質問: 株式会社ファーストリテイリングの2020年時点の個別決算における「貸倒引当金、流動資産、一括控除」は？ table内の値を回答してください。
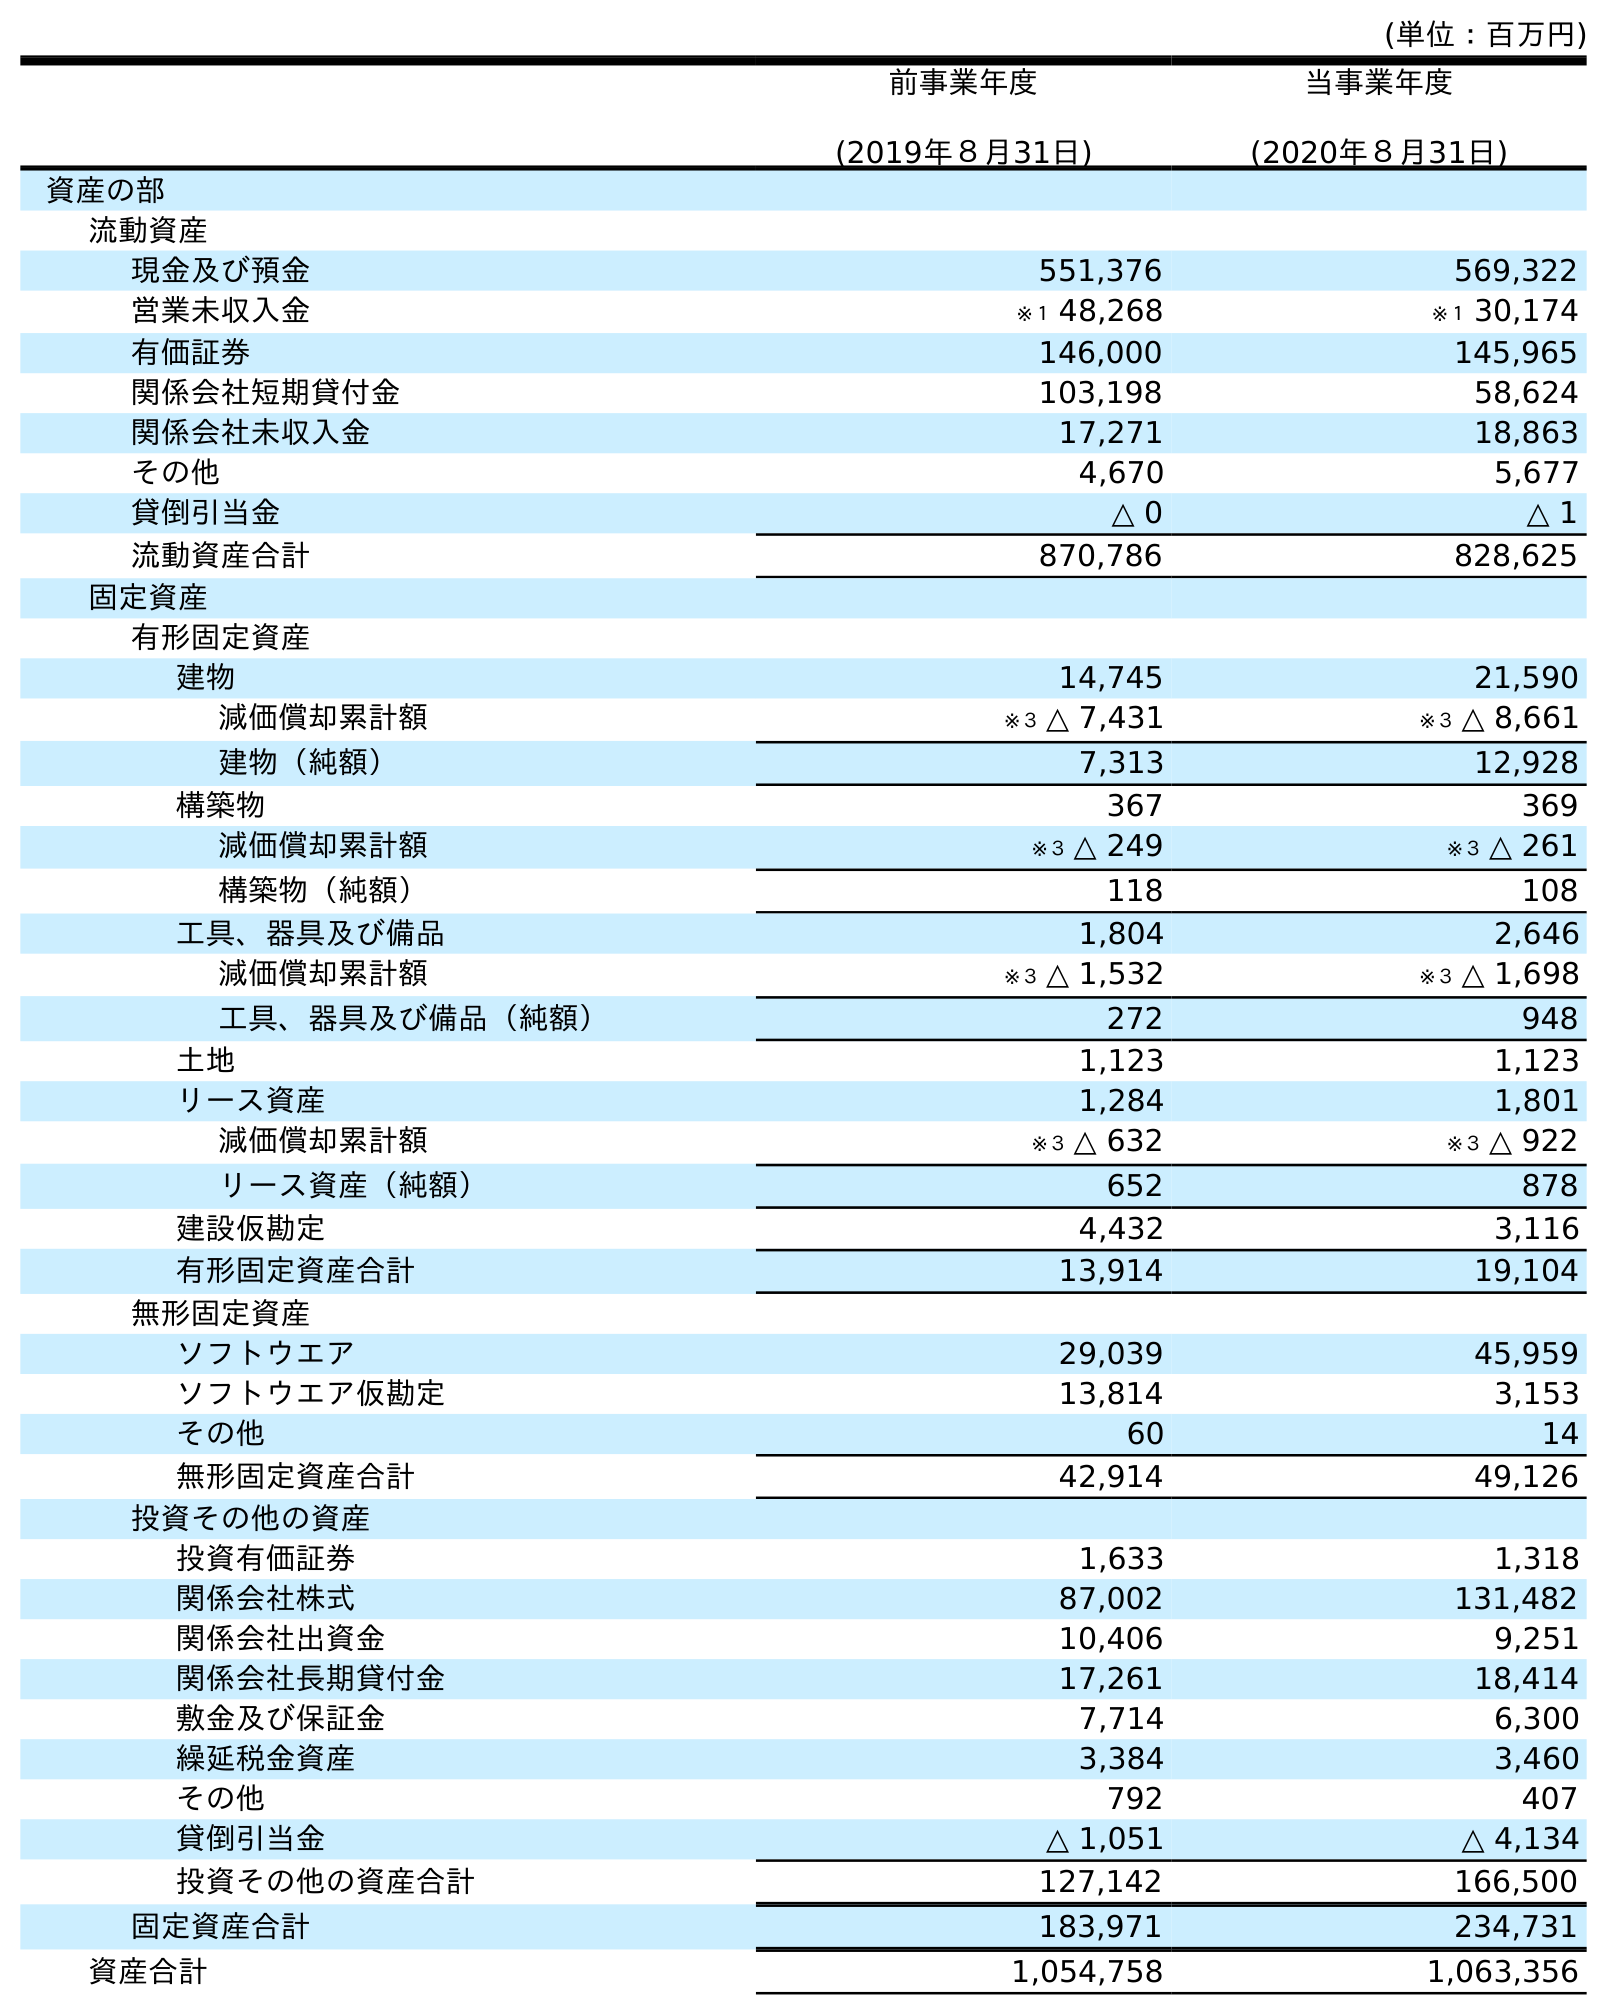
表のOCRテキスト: (単位：百万円) 前事業年度 (2019年８月31日) 当事業年度 (2020年８月31日) 資産の部 流動資産 現金及び預金 551,376 569,322 営業未収入金 ※１ 48,268 ※１ 30,174 有価証券 146,000 145,965 関係会社短期貸付金 103,198 58,624 関係会社未収入金 17,271 18,863 その他 4,670 5,677 貸倒引当金 △ 0 △ 1 流動資産合計 870,786 828,625 固定資産 有形固定資産 建物 14,745 21,590 減価償却累計額 ※３ △ 7,431 ※３ △ 8,661 建物（純額） 7,313 12,928 構築物 367 369 減価償却累計額 ※３ △ 249 ※３ △ 261 構築物（純額） 118 108 工具、器具及び備品 1,804 2,646 減価償却累計額 ※３ △ 1,532 ※３ △ 1,698 工具、器具及び備品（純額） 272 948 土地 1,123 1,123 リース資産 1,284 1,801 減価償却累計額 ※３ △ 632 ※３ △ 922 リース資産（純額） 652 878 建設仮勘定 4,432 3,116 有形固定資産合計 13,914 19,104 無形固定資産 ソフトウエア 29,039 45,959 ソフトウエア仮勘定 13,814 3,153 その他 60 14 無形固定資産合計 42,914 49,126 投資その他の資産 投資有価証券 1,633 1,318 関係会社株式 87,002 131,482 関係会社出資金 10,406 9,251 関係会社長期貸付金 17,261 18,414 敷金及び保証金 7,714 6,300 繰延税金資産 3,384 3,460 その他 792 407 貸倒引当金 △ 1,051 △ 4,134 投資その他の資産合計 127,142 166,500 固定資産合計 183,971 234,731 資産合計 1,054,758 1,063,356
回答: △1